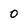
Character: 0